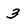
Character: 3